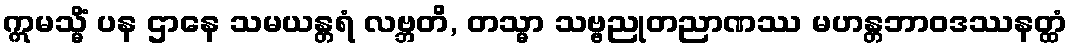
ဣမသ္မိံ ပန ဌာနေ သမယန္တရံ လဗ္ဘတိ, တသ္မာ သဗ္ဗညုတညာဏဿ မဟန္တဘာဝဒဿနတ္ထံ